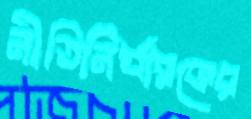
নীতিনির্ধারকের